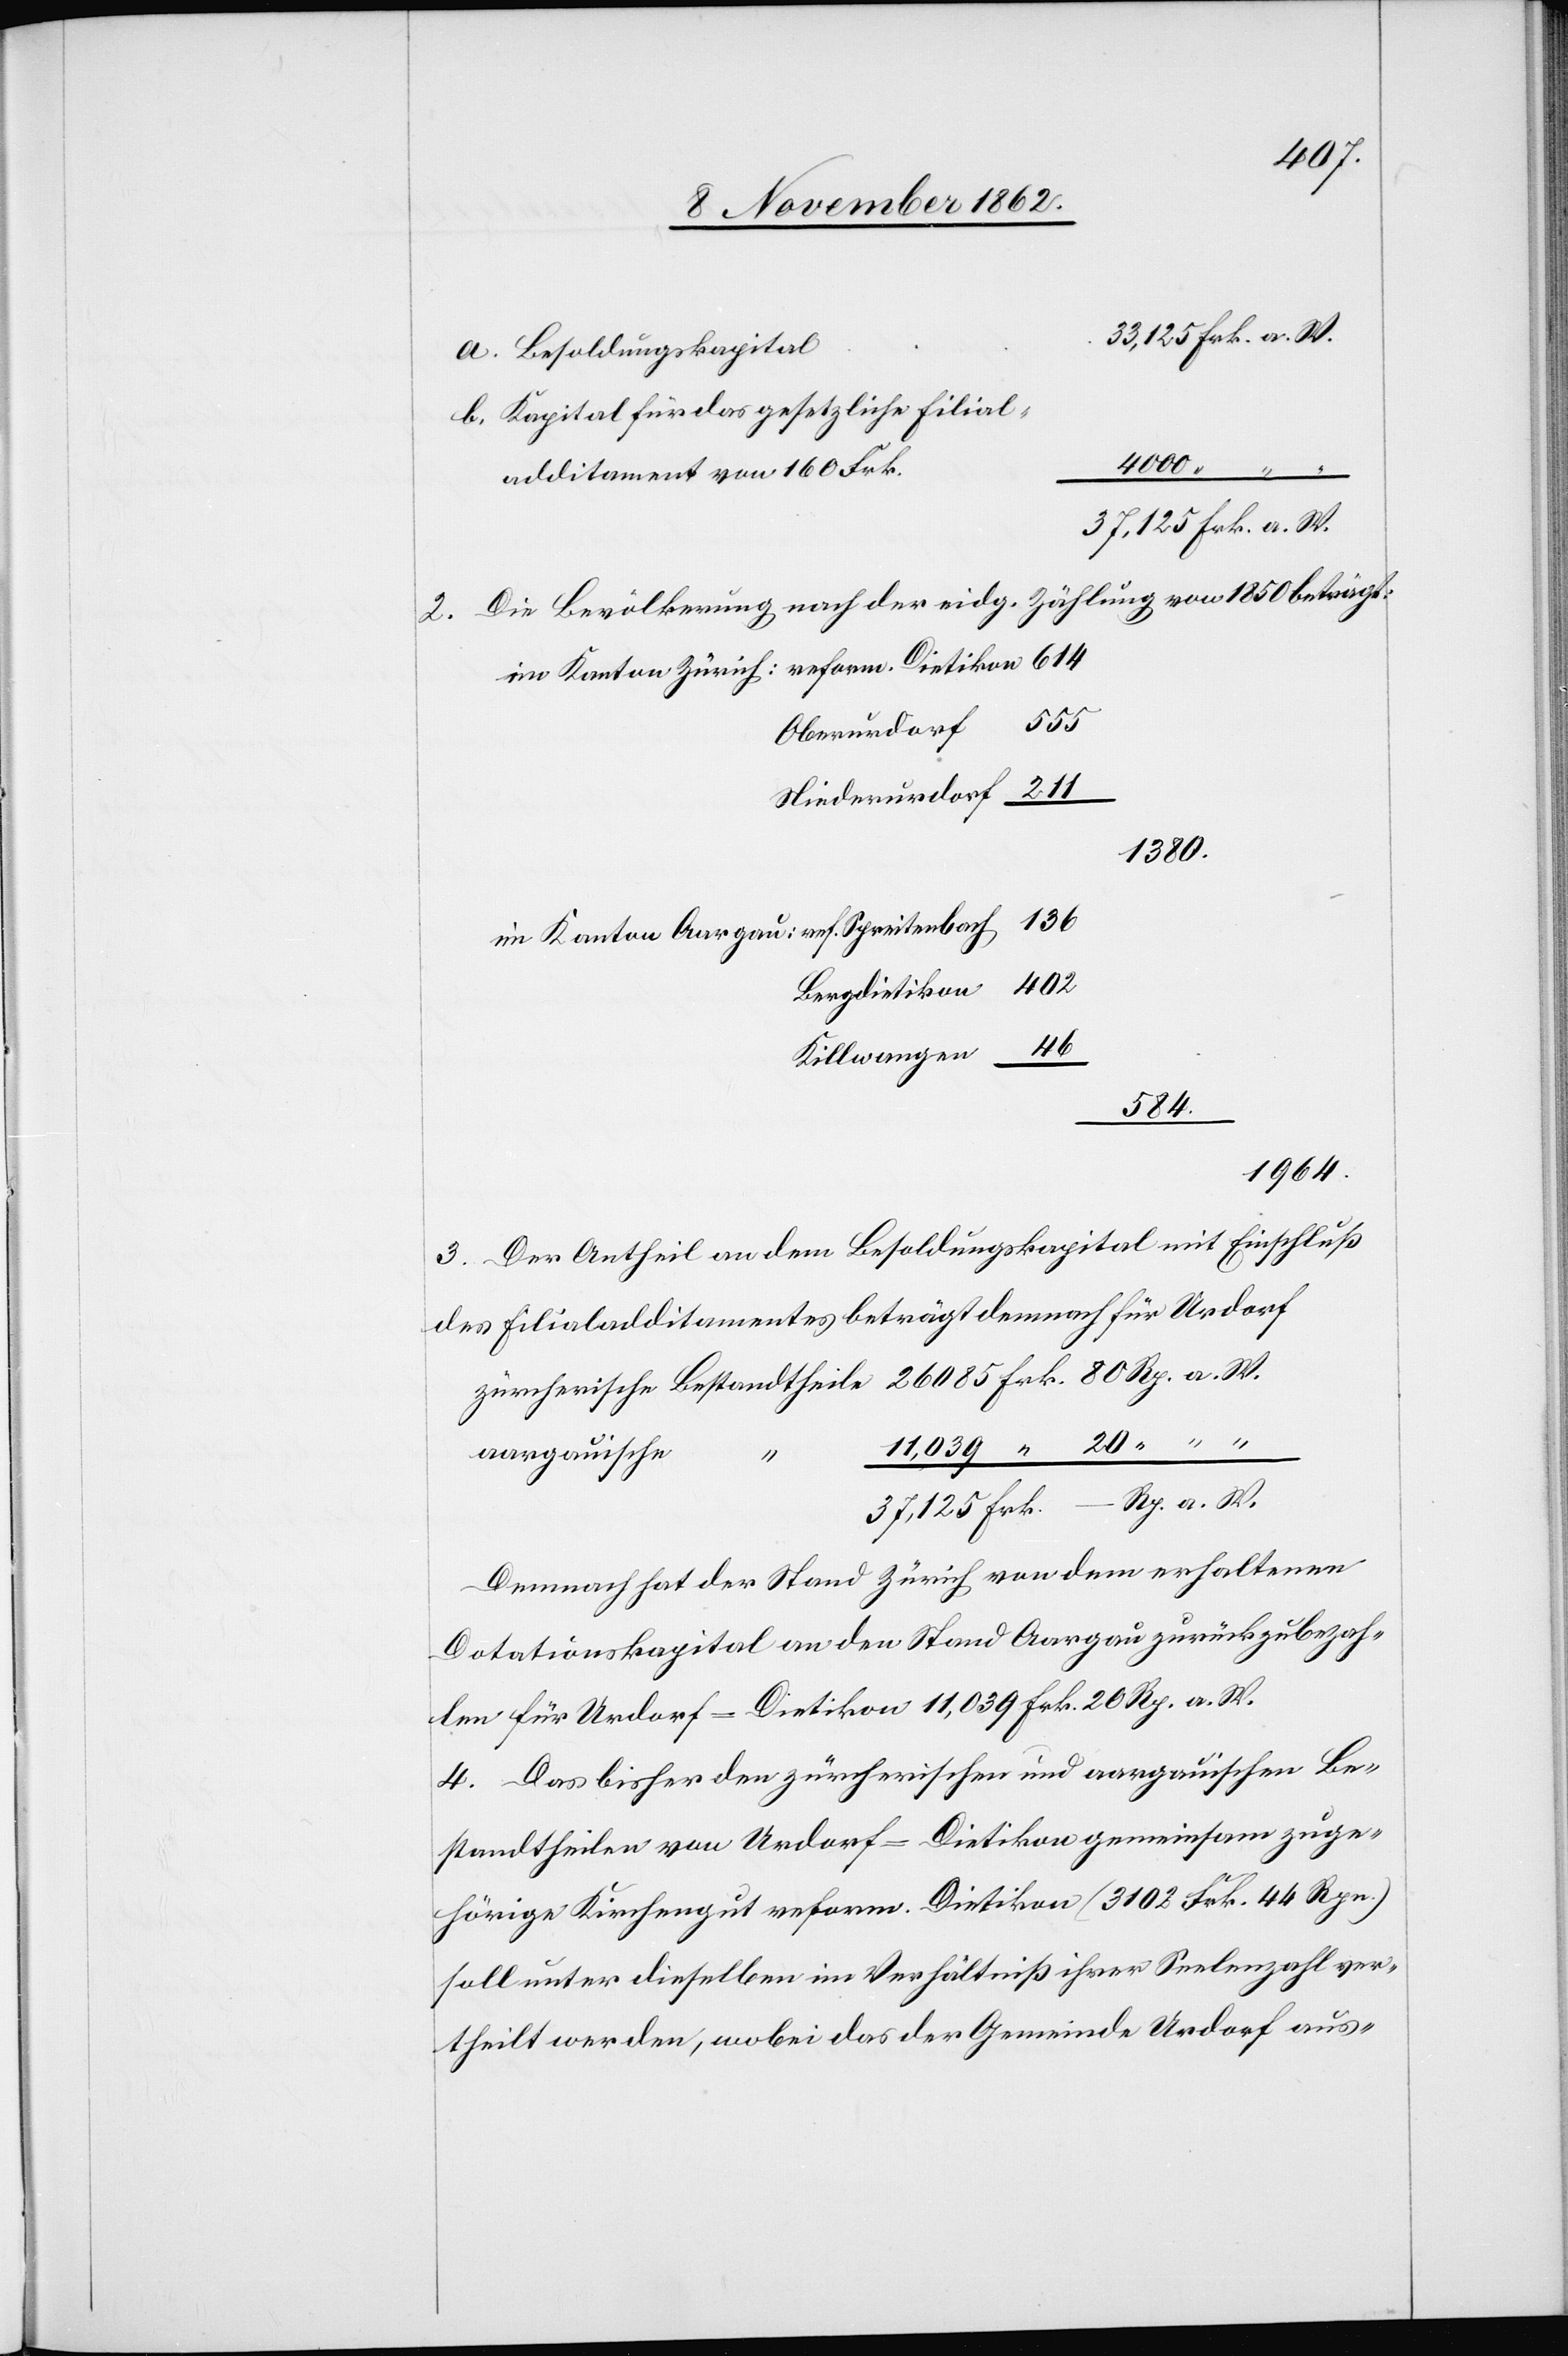
a. Besoldungskapital
b. Kapital für das gesetzliche Filial¬
additament von 160 Frk.
im Kanton
2. Die Bevölkerung nach der eidg. Zählung von 1850 beträgt:
Frk.
Oberurdorf
Bestandtheile
Niederurdorf
1380
Bergdietikon
Killwangen
584
1964
3. Der Antheil an dem Besoldungskapital mit Einschluß
des Filialadditamentes beträgt demnach für Urdorf
aargauische
Demnach hat der Stand Zürich von dem erhaltenen
Dotationskapital an den Stand Aargau zurückzubezah¬
len für Urdorf-Dietikon 11,039 Frk. 20 Rp. a. W.
4. Das bisher den zürcherischen und aargauischen zuge¬
hörige Kirchengut reform. Dietikon (3102 Frk. 44 Rpn.)
soll unter dieselben im Verhältniß ihrer Seelenzahl ver¬
theilt werden, wobei das der Gemeinde Urdorf aus-